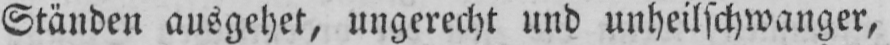
Ständen ausgehet, ungerecht und unheilschwanger,